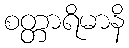
စတ္တာရိမာနိ